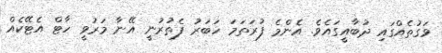
ވަގުތެއްގައި ދުބާއީގައެވެ. އެންމެ ފުރަތަމަ ހަބަރު ފެތުރުނީ އޭނާ މަރުވީ ހާޓް އެޓޭކެއް